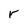
Character: r